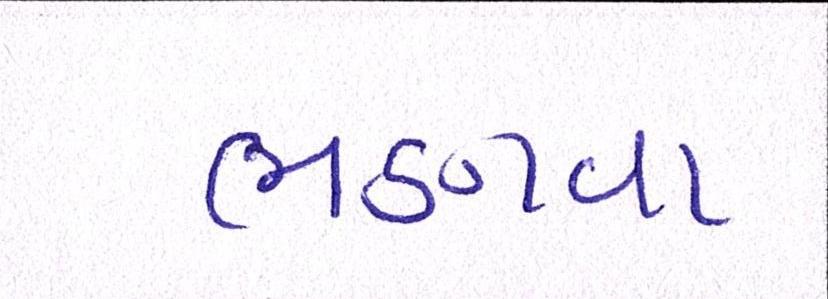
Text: ભણવા